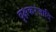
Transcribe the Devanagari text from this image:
वृक्षकरंजादि